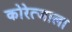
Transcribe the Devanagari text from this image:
कोरेत्जाला